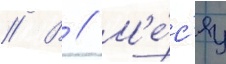
// В // М'е́с'яц